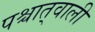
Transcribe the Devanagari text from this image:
पश्चात्‌वाली